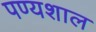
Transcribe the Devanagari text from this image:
पण्यशाल